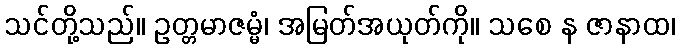
သင်တို့သည်။ ဥတ္တမာဇမ္မံ၊ အမြတ်အယုတ်ကို။ သစေ န ဇာနာထ၊